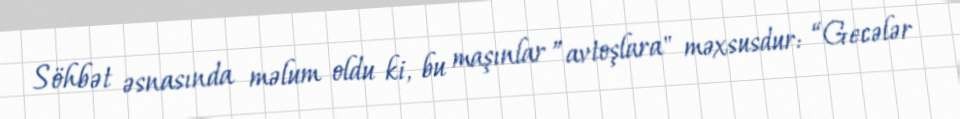
Söhbət əsnasında məlum oldu ki, bu maşınlar ”avtoşlara" məxsusdur: “Gecələr